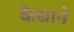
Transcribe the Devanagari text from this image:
कैद्याने